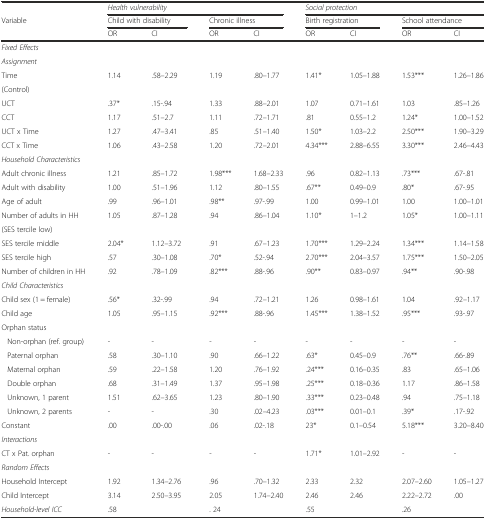
<table><thead><tr><td></td><td colspan="4"><b><i>Health vulnerability</i></b></td><td colspan="4"><b><i>Social protection</i></b></td></tr><tr><td><b>Variable</b></td><td colspan="2"><b>Child with disability</b></td><td colspan="2"><b>Chronic illness</b></td><td colspan="2"><b>Birth registration</b></td><td colspan="2"><b>School attendance</b></td></tr><tr><td></td><td><b>OR</b></td><td><b>CI</b></td><td><b>OR</b></td><td><b>CI</b></td><td><b>OR</b></td><td><b>CI</b></td><td><b>OR</b></td><td><b>CI</b></td></tr></thead><tbody><tr><td><i>Fixed Effects</i></td><td></td><td></td><td></td><td></td><td></td><td></td><td></td><td></td></tr><tr><td><i>Assignment</i></td><td></td><td></td><td></td><td></td><td></td><td></td><td></td><td></td></tr><tr><td>Time</td><td>1.14</td><td>.58–2.29</td><td>1.19</td><td>.80–1.77</td><td>1.41*</td><td>1.05–1.88</td><td>1.53***</td><td>1.26–1.86</td></tr><tr><td>(Control)</td><td colspan="8"></td></tr><tr><td>UCT</td><td>.37*</td><td>.15-.94</td><td>1.33</td><td>.88–2.01</td><td>1.07</td><td>0.71–1.61</td><td>1.03</td><td>.85–1.26</td></tr><tr><td>CCT</td><td>1.17</td><td>.51–2.7</td><td>1.11</td><td>.72–1.71</td><td>.81</td><td>0.55–1.2</td><td>1.24*</td><td>1.00–1.52</td></tr><tr><td>UCT x Time</td><td>1.27</td><td>.47–3.41</td><td>.85</td><td>.51–1.40</td><td>1.50*</td><td>1.03–2.2</td><td>2.50***</td><td>1.90–3.29</td></tr><tr><td>CCT x Time</td><td>1.06</td><td>.43–2.58</td><td>1.20</td><td>.72–2.01</td><td>4.34***</td><td>2.88–6.55</td><td>3.30***</td><td>2.46–4.43</td></tr><tr><td><i>Household Characteristics</i></td><td></td><td></td><td></td><td></td><td></td><td></td><td></td><td></td></tr><tr><td>Adult chronic illness</td><td>1.21</td><td>.85–1.72</td><td>1.98***</td><td>1.68–2.33</td><td>.96</td><td>0.82–1.13</td><td>.73***</td><td>.67-.81</td></tr><tr><td>Adult with disability</td><td>1.00</td><td>.51–1.96</td><td>1.12</td><td>.80–1.55</td><td>.67**</td><td>0.49–0.9</td><td>.80*</td><td>.67-.95</td></tr><tr><td>Age of adult</td><td>.99</td><td>.96–1.01</td><td>.98**</td><td>.97-.99</td><td>1.00</td><td>0.99–1.01</td><td>1.00</td><td>1.00–1.01</td></tr><tr><td>Number of adults in HH</td><td>1.05</td><td>.87–1.28</td><td>.94</td><td>.86–1.04</td><td>1.10*</td><td>1–1.2</td><td>1.05*</td><td>1.00–1.11</td></tr><tr><td colspan="9">(SES tercile low)</td></tr><tr><td>SES tercile middle</td><td>2.04*</td><td>1.12–3.72</td><td>.91</td><td>.67–1.23</td><td>1.70***</td><td>1.29–2.24</td><td>1.34***</td><td>1.14–1.58</td></tr><tr><td>SES tercile high</td><td>.57</td><td>.30–1.08</td><td>.70*</td><td>.52-.94</td><td>2.70***</td><td>2.04–3.57</td><td>1.75***</td><td>1.50–2.05</td></tr><tr><td>Number of children in HH</td><td>.92</td><td>.78–1.09</td><td>.82***</td><td>.88-.96</td><td>.90**</td><td>0.83–0.97</td><td>.94**</td><td>.90-.98</td></tr><tr><td><i>Child Characteristics</i></td><td colspan="8"></td></tr><tr><td>Child sex (1 = female)</td><td>.56*</td><td>.32-.99</td><td>.94</td><td>.72–1.21</td><td>1.26</td><td>0.98–1.61</td><td>1.04</td><td>.92–1.17</td></tr><tr><td>Child age</td><td>1.05</td><td>.95–1.15</td><td>.92***</td><td>.88-.96</td><td>1.45***</td><td>1.38–1.52</td><td>.95***</td><td>.93-.97</td></tr><tr><td>Orphan status</td><td colspan="8"></td></tr><tr><td>Non-orphan (ref. group)</td><td>-</td><td>-</td><td>-</td><td>-</td><td>-</td><td>-</td><td>-</td><td>-</td></tr><tr><td>Paternal orphan</td><td>.58</td><td>.30–1.10</td><td>.90</td><td>.66–1.22</td><td>.63*</td><td>0.45–0.9</td><td>.76**</td><td>.66-.89</td></tr><tr><td>Maternal orphan</td><td>.59</td><td>.22–1.58</td><td>1.20</td><td>.76–1.92</td><td>.24***</td><td>0.16–0.35</td><td>.83</td><td>.65–1.06</td></tr><tr><td>Double orphan</td><td>.68</td><td>.31–1.49</td><td>1.37</td><td>.95–1.98</td><td>.25***</td><td>0.18–0.36</td><td>1.17</td><td>.86–1.58</td></tr><tr><td>Unknown, 1 parent</td><td>1.51</td><td>.62–3.65</td><td>1.23</td><td>.80–1.90</td><td>.33***</td><td>0.23–0.48</td><td>.94</td><td>.75–1.18</td></tr><tr><td>Unknown, 2 parents</td><td>-</td><td>-</td><td>.30</td><td>.02–4.23</td><td>.03***</td><td>0.01–0.1</td><td>.39*</td><td>.17-.92</td></tr><tr><td>Constant</td><td>.00</td><td>.00-.00</td><td>.06</td><td>.02-.18</td><td>23*</td><td>0.1–0.54</td><td>5.18***</td><td>3.20–8.40</td></tr><tr><td colspan="9"><i>Interactions</i></td></tr><tr><td>CT x Pat. orphan</td><td>-</td><td>-</td><td>-</td><td>-</td><td>1.71*</td><td>1.01–2.92</td><td>-</td><td>-</td></tr><tr><td><i>Random Effects</i></td><td></td><td></td><td></td><td></td><td></td><td></td><td></td><td></td></tr><tr><td>Household Intercept</td><td>1.92</td><td>1.34–2.76</td><td>.96</td><td>.70–1.32</td><td>2.33</td><td>2.32</td><td>2.07–2.60</td><td>1.05–1.27</td></tr><tr><td>Child Intercept</td><td>3.14</td><td>2.50–3.95</td><td>2.05</td><td>1.74–2.40</td><td>2.46</td><td>2.46</td><td>2.22–2.72</td><td>.00</td></tr><tr><td><i>Household-level ICC</i></td><td>.58</td><td></td><td>. 24</td><td></td><td>.55</td><td></td><td>.26</td><td></td></tr></tbody></table>